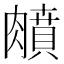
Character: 𦡛